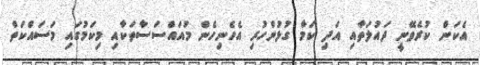
އެކަން ކުރެވޭނީ ދައުލަތާއި އަދި ކަމާ ގުޅުންހުރި އެހެނިހެން މުއައްސަސާތަކާއި މިކަމުގައި މަސައްކަތް